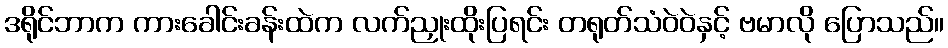
ဒရိုင်ဘာက ကားခေါင်းခန်းထဲက လက်ညှုးထိုးပြရင်း တရုတ်သံဝဲဝဲနှင့် ဗမာလို ပြောသည်။